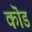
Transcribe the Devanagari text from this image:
कॊड